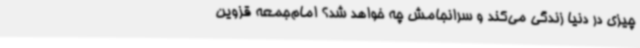
چیزی در دنیا زندگی می‌کند و سرانجامش چه خواهد شد؟ امام‌جمعه قزوین